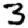
Digit: 3